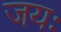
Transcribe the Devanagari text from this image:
जयः